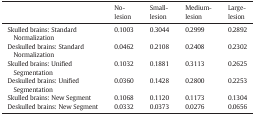
<table><thead><tr><td></td><td><b>No-lesion</b></td><td><b>Small-lesion</b></td><td><b>Medium-lesion</b></td><td><b>Large-lesion</b></td></tr></thead><tbody><tr><td>Skulled brains: Standard Normalization</td><td>0.1003</td><td>0.3044</td><td>0.2999</td><td>0.2892</td></tr><tr><td>Deskulled brains: Standard Normalization</td><td>0.0462</td><td>0.2108</td><td>0.2408</td><td>0.2302</td></tr><tr><td>Skulled brains: Unified Segmentation</td><td>0.1032</td><td>0.1881</td><td>0.3113</td><td>0.2625</td></tr><tr><td>Deskulled brains: Unified Segmentation</td><td>0.0360</td><td>0.1428</td><td>0.2800</td><td>0.2253</td></tr><tr><td>Skulled brains: New Segment</td><td>0.1068</td><td>0.1120</td><td>0.1173</td><td>0.1304</td></tr><tr><td>Deskulled brains: New Segment</td><td>0.0332</td><td>0.0373</td><td>0.0276</td><td>0.0656</td></tr></tbody></table>